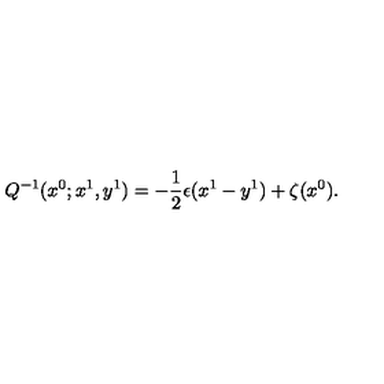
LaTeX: Q ^ { - 1 } ( x ^ { 0 } ; x ^ { 1 } , y ^ { 1 } ) = - \frac { 1 } { 2 } \epsilon ( x ^ { 1 } - y ^ { 1 } ) + \zeta ( x ^ { 0 } ) .